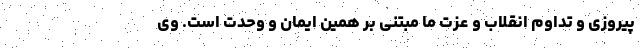
پیروزی و تداوم انقلاب و عزت ما مبتنی بر همین ایمان و وحدت است. وی